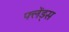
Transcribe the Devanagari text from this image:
फ्लेंड्स